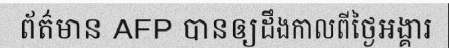
ព័ត៌មាន AFP បានឲ្យដឹងកាលពីថ្ងៃអង្គារ